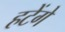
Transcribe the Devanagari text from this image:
हटेंगे